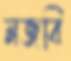
মজবি